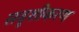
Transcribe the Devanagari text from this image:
सदृशीकरण